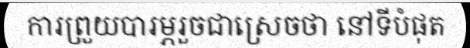
ការព្រួយបារម្ភរួចជាស្រេចថា នៅទីបំផុត